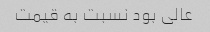
عالی بود نسبت به قیمت